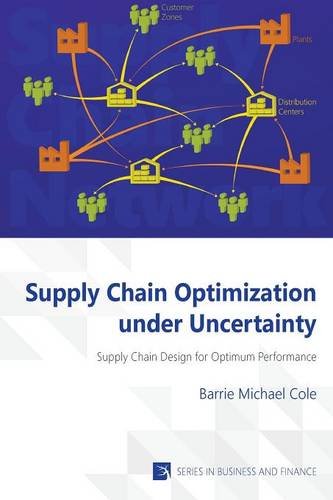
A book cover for Supply Chain Optimization under Uncertainty; Barrie Michael Cole; Business & Money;